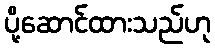
ပို့ဆောင်ထားသည်ဟု